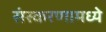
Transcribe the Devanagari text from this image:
संस्करणामध्ये